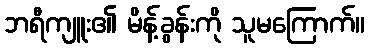
ဘရီကျူး၏ မိန့်ခွန်းကို သူမကြောက်။